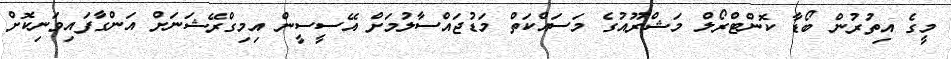
މީގެ އިތުރުން ބޯޑާ ކޮންޓްރޯލް މަޝްރޫއުގެ މަސައްކަތް މަޑުޖައްސާލުމަށް އޭސީސީން އިމިގްރޭޝަނަށް އަންގާފައިވަނިކޮށް